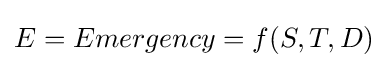
E=Emergency=f(S,T,D)